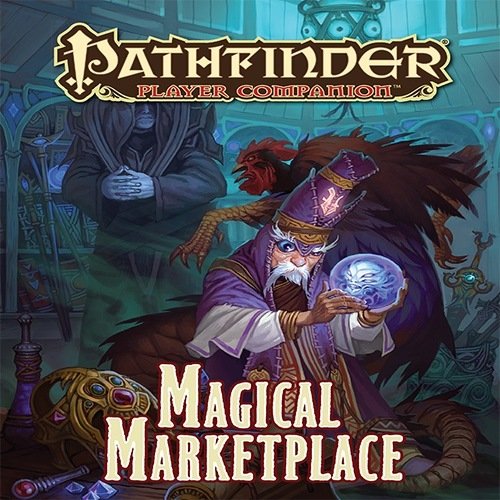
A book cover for Pathfinder Player Companion: Magical Marketplace; Paizo Publishing; Science Fiction & Fantasy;